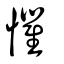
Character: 懼